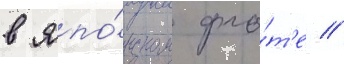
в япо́нском фло́т'е //